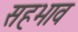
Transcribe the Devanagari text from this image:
सहभाव